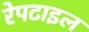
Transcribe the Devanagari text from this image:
रेपटाइल